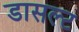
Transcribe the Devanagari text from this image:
डासल्ट